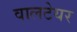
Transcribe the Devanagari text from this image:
वालटेयर